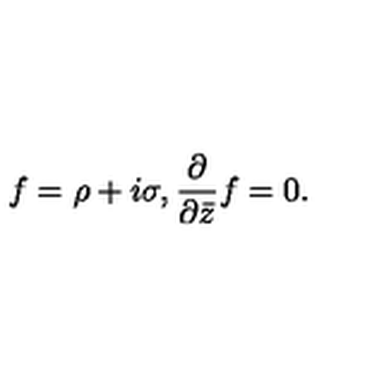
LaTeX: f = \rho + i \sigma , \frac { \partial } { \partial { \bar { z } } } f = 0 .